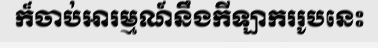
ក៏ចាប់អារម្មណ៍នឹងកីឡាកររូបនេះ